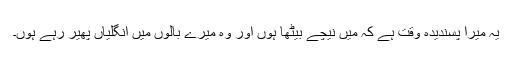
یہ میرا پسندیدہ وقت ہے کہ میں نیچے بیٹھا ہوں اور وہ میرے بالوں میں انگلیاں پھیر رہے ہوں۔